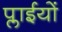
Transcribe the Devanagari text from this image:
प्लाईयों